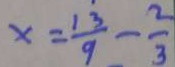
x = \frac { 1 3 } { 9 } - \frac { 2 } { 3 }